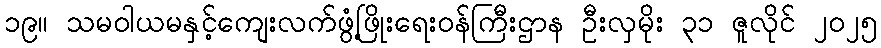
၁၉။ သမဝါယမနှင့်ကျေးလက်ဖွံ့ဖြိုးရေးဝန်ကြီးဌာန ဦးလှမိုး ၃၁ ဇူလိုင် ၂၀၂၅